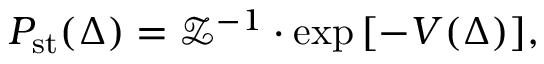
P _ { \mathrm { s t } } ( \Delta ) = \mathcal { Z } ^ { - 1 } \cdot \exp { \left[ - V ( \Delta ) \right] } ,